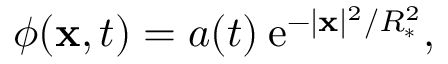
\phi ( { \bf x } , t ) = a ( t ) \: \mathrm { e } ^ { - | { \bf x } | ^ { 2 } / R _ { * } ^ { 2 } } ,